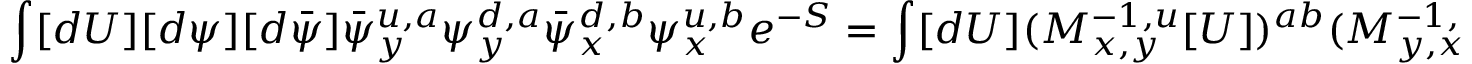
\int [ d U ] [ d \psi ] [ d \bar { \psi } ] \bar { \psi } _ { y } ^ { u , a } \psi _ { y } ^ { d , a } \bar { \psi } _ { x } ^ { d , b } \psi _ { x } ^ { u , b } e ^ { - S } = \int [ d U ] ( M _ { x , y } ^ { - 1 , u } [ U ] ) ^ { a b } ( M _ { y , x } ^ { - 1 , d } [ U ] ) ^ { b a } \mathrm { d e t } M e ^ { - S _ { g } } .